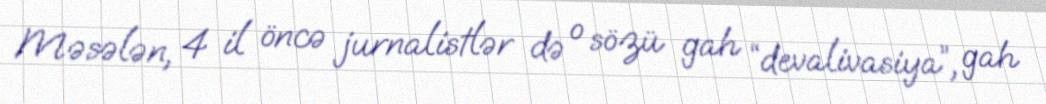
Məsələn, 4 il öncə jurnalistlər də o sözü gah “devalivasiya”, gah